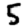
Digit: 5